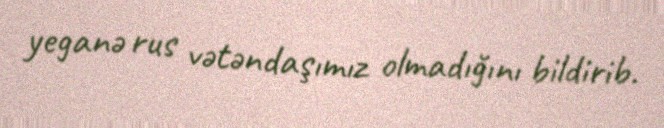
yeganə rus vətəndaşımız olmadığını bildirib.